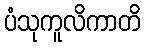
ပံသုကူလိကာတိ